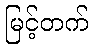
မြင့်တက်